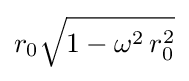
r_{0}{\sqrt {1-\omega ^{2}\,r_{0}^{2}}}